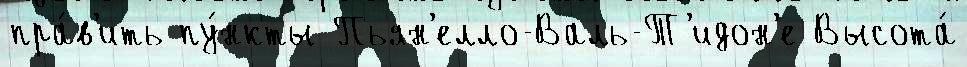
пра́в'ить пу́нкты Пьян'елло-Валь-Т'идон'е Высота́